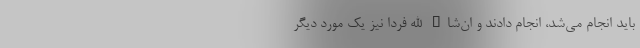
باید انجام می‌شد، انجام دادند و ان‌شاء الله فردا نیز یک مورد دیگر